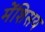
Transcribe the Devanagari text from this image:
मेंशिसय